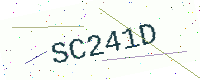
Text: SC241D